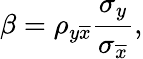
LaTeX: \beta=\rho_{y\overline{{x}}}\frac{\sigma_{y}}{\sigma_{\overline{{x}}}},